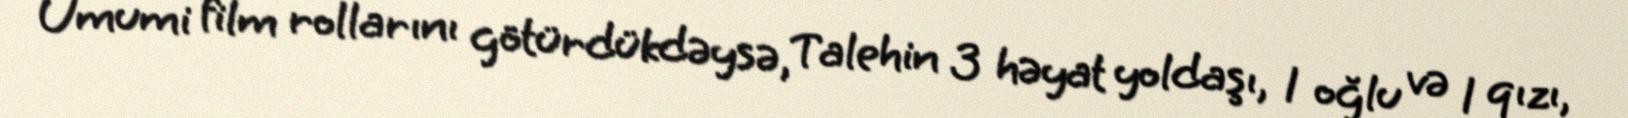
Ümumi film rollarını götürdükdəysə, Talehin 3 həyat yoldaşı, 1 oğlu və 1 qızı,